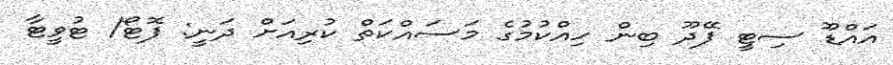
އައްޑޫ ސިޓީ ފޭދޫ ބިން ހިއްކުމުގެ މަސައްކަތް ކުރިއަށް ދަނީ: ފޮޓޯ/ ޓުވީޓާ